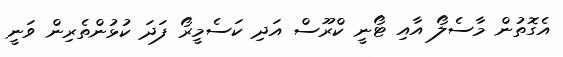
އެގޮތުން މާސެލޯ އާއި ޓޯނީ ކްރޫސް އަދި ކަސެމީރޯ ފަދަ ކުޅުންތެރިން ވަނީ